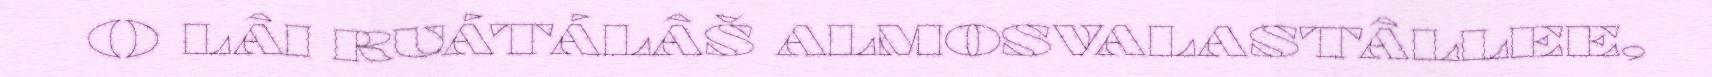
() LÂI RUÁTÁLÂŠ ALMOSVALASTÂLLEE,